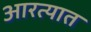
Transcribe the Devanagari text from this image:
आरत्यात